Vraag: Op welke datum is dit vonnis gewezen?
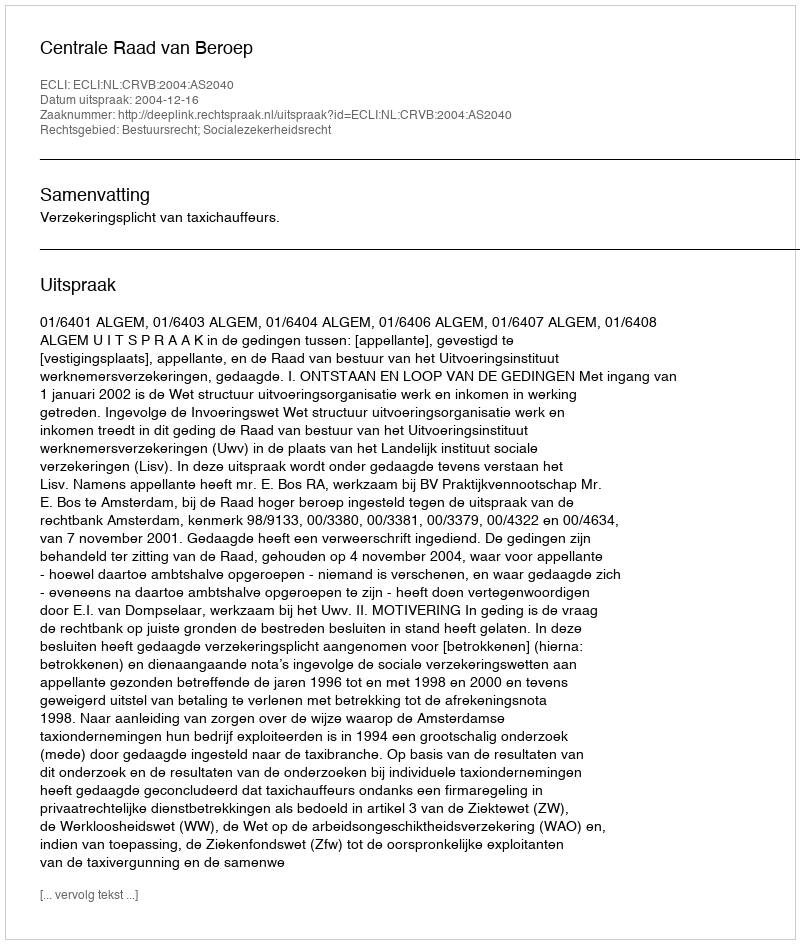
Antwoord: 2004-12-16